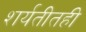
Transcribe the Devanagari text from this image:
शर्यतीतही